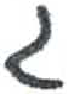
אות: ג